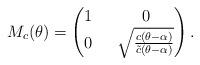
LaTeX: \begin{align*}M_c(\theta)=\left(\begin{matrix}1\ \ &0\\0 \ \ &\sqrt{\frac{c(\theta-\alpha)}{\tilde{c}(\theta-\alpha)}}\end{matrix}\right).\end{align*}